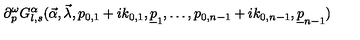
\partial _ { p } ^ { \omega } G _ { l , s } ^ { \alpha } ( \vec { \alpha } , \vec { \lambda } , p _ { 0 , 1 } + i k _ { 0 , 1 } , \underline { { p } } _ { 1 } , \ldots , p _ { 0 , n - 1 } + i k _ { 0 , n - 1 } , \underline { { p } } _ { n - 1 } )